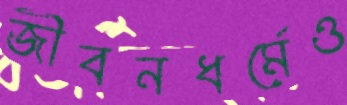
জীবনধর্মেও